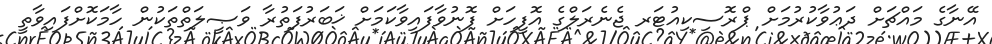
އޭނާގެ މައްޗަށް ދަޢުވާކުރުމަށް ޕްރޮސިކިއުޓަރ ޖެނެރަލްގެ އޮފީހަށް ފޮނުވާފައިވާކަމަށް ޚަބަރުފަތުރާ ވަޞީލަތްތަކުން ހާމަކޮށްފައިވާތީ